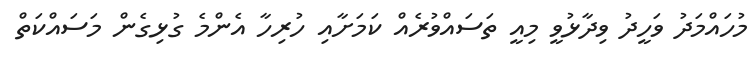
މުހައްމަދު ވަހީދު ވިދާޅުވީ މިއީ ތަސައްވުރެއް ކަމަށާއި ހުރިހާ އެންމެ ގުޅިގެން މަސައްކަތް